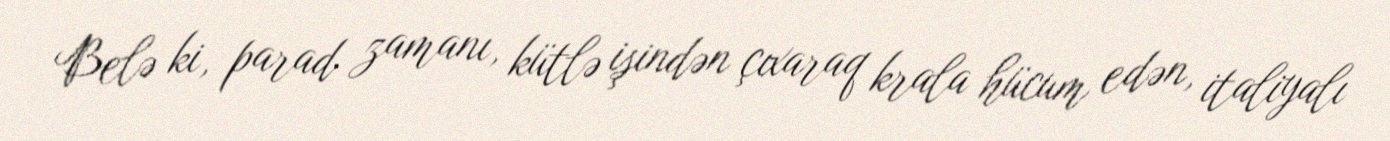
Belə ki, parad zamanı, kütlə işindən çıxaraq krala hücum edən, italiyalı